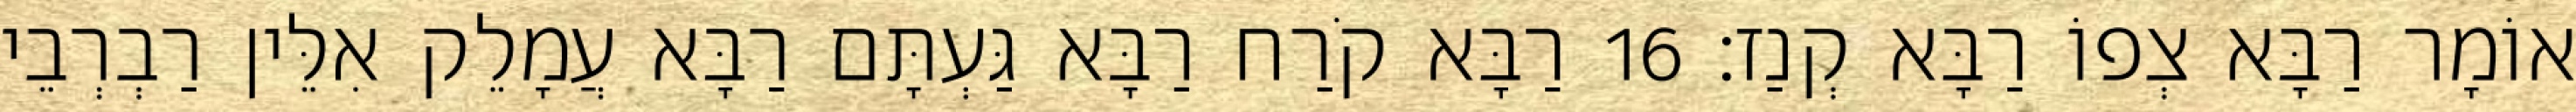
אוֹמָר רַבָּא צְפוֹ רַבָּא קְנַז׃ 16 רַבָּא קֹרַח רַבָּא גַּעְתָּם רַבָּא עֲמָלֵק אִלֵּין רַבְרְבֵי